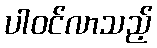
ပါဝင်လာသည့်